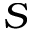
S